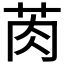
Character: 𱽠